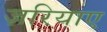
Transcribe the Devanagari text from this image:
ज़रियाए